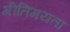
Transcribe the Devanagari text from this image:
गीतिमयता